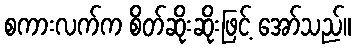
စကားလက်က စိတ်ဆိုးဆိုးဖြင့် အော်သည်။